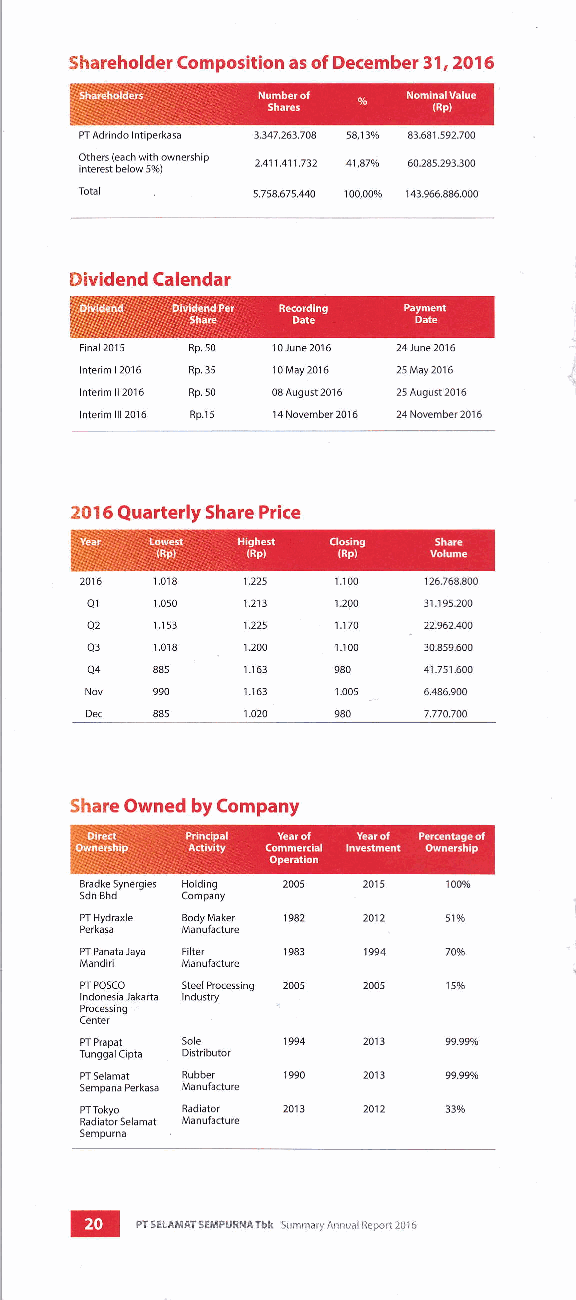
Shareholder Composition as of December 31,2016
 3.347.263.708 5&r3% 83.681.592.700
 2,411.411.732 41,87% 60.285,293.300
 5.7 54.675.440 1 43.966.885.000
 Dividend Calendar
 Final 2015 Rp.50 10June20l6 24-June2016
 lnterim I 2016 Rp.35 1 0 May 2016 25 May 2016
 lnterim ll 2016 Rp.50 08August20'16 25August2016
 lnterim lll 2016 Rp,l5 14November20l6 24November2016
 2016 Quarterly Share Price
 1.225 1.100 1 26.768300
 1.213 r.200 3r.195.200
 1.225 1.170 22.962.M
 r.200 1.100 30.859.600
 'Ll63 980   41.?51.@O
 1.163 1.005 6.,186.900
 1.020 980   7.770JOO
 Share Owned by Company
 Bradke Synergies Holding
 Sdn Bhd Company
 PT Hydraxle Body lvlaker
 Perkasa lvlanufadure
 PT Panata Jaya Filter
 Mandiri Manufacture
 PT POSCO Steel Processing
 lndonesia Jakana lndustry
 Processing ,
 Center
 PT Prapat Sole
 Tunggal Clpta Distributor
 PT Selamat Rubber
 Sempana Perkasa Manufacture
 PT Tokyo Radiator
 RadiatorSelamat Manufacture
 Sempurna
 ![  rrrrro*Ar sEMpunNATbk summa.y Annuat Report 2016